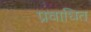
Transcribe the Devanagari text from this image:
प्रवाधित